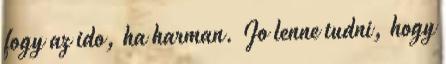
fogy az ido, ha harman. Jo lenne tudni, hogy